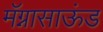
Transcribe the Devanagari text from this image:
मॅग्नासाऊंड